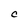
Character: C